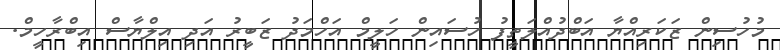
މުހުސިން ޒަކަރިއްޔާ އަބްދުއްލަތީފު ހުސައިން ހަލީމް އަހްމަދު ޒަބީރު އަދި އިލްޔާސް އިބްރާހީމް.